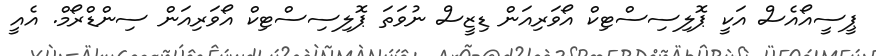
ޕީސީއޯއެސް އަކީ ޕޮލިސިސްޓިކް އޯވަރިއަން ޑިޒީސް ނުވަތަ ޕޮލިސިސްޓިކް އޯވަރިއަން ސިންޑްރޯމް. އެއީ